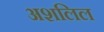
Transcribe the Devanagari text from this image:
अशलिल